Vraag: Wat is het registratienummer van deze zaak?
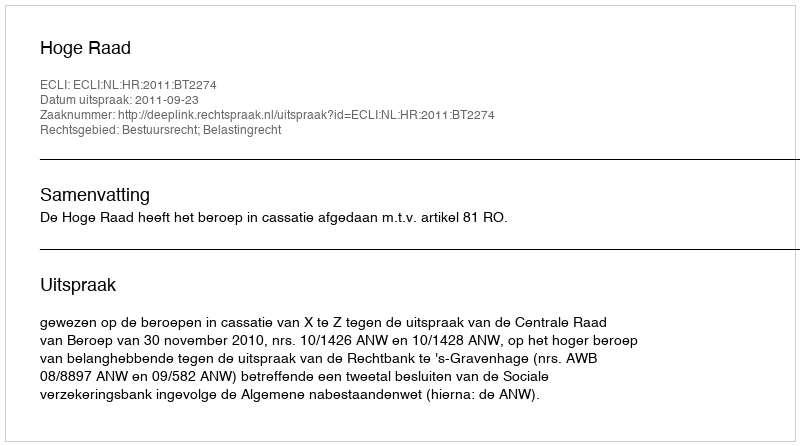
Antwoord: http://deeplink.rechtspraak.nl/uitspraak?id=ECLI:NL:HR:2011:BT2274